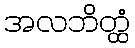
အလဘိတ္ထံ